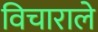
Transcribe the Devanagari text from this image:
विचाराले